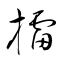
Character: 擂